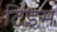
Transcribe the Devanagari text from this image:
टिइम